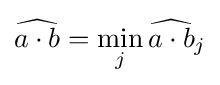
{\widehat {a\cdot b}}=\min _{j}{\widehat {a\cdot b}}_{j}